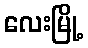
လေးမြို့